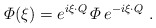
\begin{align*}{\mit\Phi} (\xi) = e^{i \xi \cdot Q}\, {\mit\Phi}\, e^{- i \xi \cdot Q}\ .\end{align*}